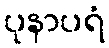
ပုနာပရံ